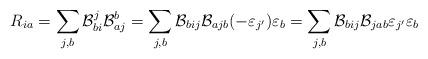
LaTeX: \begin{align*}R_{ia} = \sum_{j,b}\mathcal{B}_{bi}^j \mathcal{B}_{aj}^b = \sum_{j,b} \mathcal{B}_{bij} \mathcal{B}_{ajb}(-\varepsilon_{j'})\varepsilon_b = \sum_{j,b} \mathcal{B}_{bij} \mathcal{B}_{jab}\varepsilon_{j'}\varepsilon_b\end{align*}